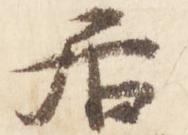
居